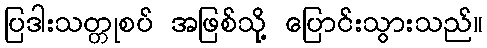
ပြဒါးသတ္တုစပ် အဖြစ်သို့ ပြောင်းသွားသည်။